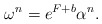
\begin{align*}\omega^n=e^{F+b}\alpha^n.\end{align*}